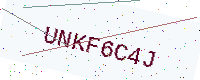
Text: UNKF6C4J